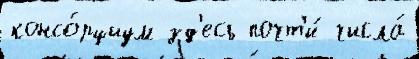
консо́рциум зд'есь почт'и́ числа́